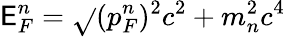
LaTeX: \mathsf{E}_{F}^{n}={\sqrt{}{{(p_{F}^{n})^{2}c^{2}+m_{n}^{2}c^{4}}}}